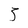
Character: 3